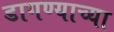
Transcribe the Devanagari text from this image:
डागण्याच्या